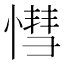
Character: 𢟩